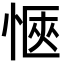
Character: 愜